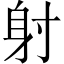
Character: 射